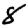
Digit: 8